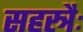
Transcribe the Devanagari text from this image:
सहस्त्रैः